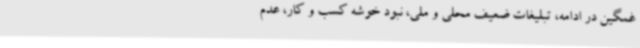
غمگین در ادامه، تبلیغات ضعیف محلی و ملی، نبود خوشه کسب و کار، عدم